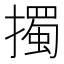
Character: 擉